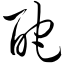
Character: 酡